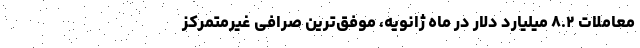
معاملات ۸.۲ میلیارد دلار در ماه ژانویه، موفق‌ترین صرافی غیرمتمرکز